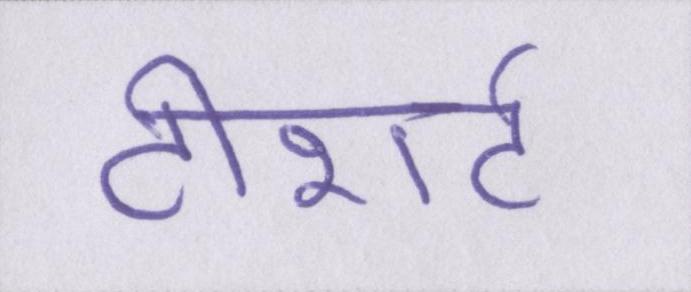
टीशर्ट